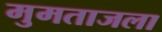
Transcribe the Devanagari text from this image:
मुमताजला